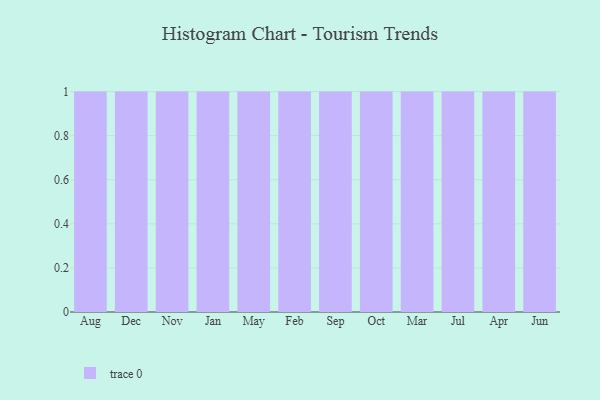
{"axis": {"x": "Month", "y": "Active Users"}, "legend": [""], "data": [{"x": "Aug", "y": 47, "type": ""}, {"x": "Dec", "y": 5, "type": ""}, {"x": "Nov", "y": 19, "type": ""}, {"x": "Jan", "y": 53, "type": ""}, {"x": "May", "y": 95, "type": ""}, {"x": "Feb", "y": 34, "type": ""}, {"x": "Sep", "y": 8, "type": ""}, {"x": "Oct", "y": 79, "type": ""}, {"x": "Mar", "y": 72, "type": ""}, {"x": "Jul", "y": 27, "type": ""}, {"x": "Apr", "y": 31, "type": ""}, {"x": "Jun", "y": 49, "type": ""}]}